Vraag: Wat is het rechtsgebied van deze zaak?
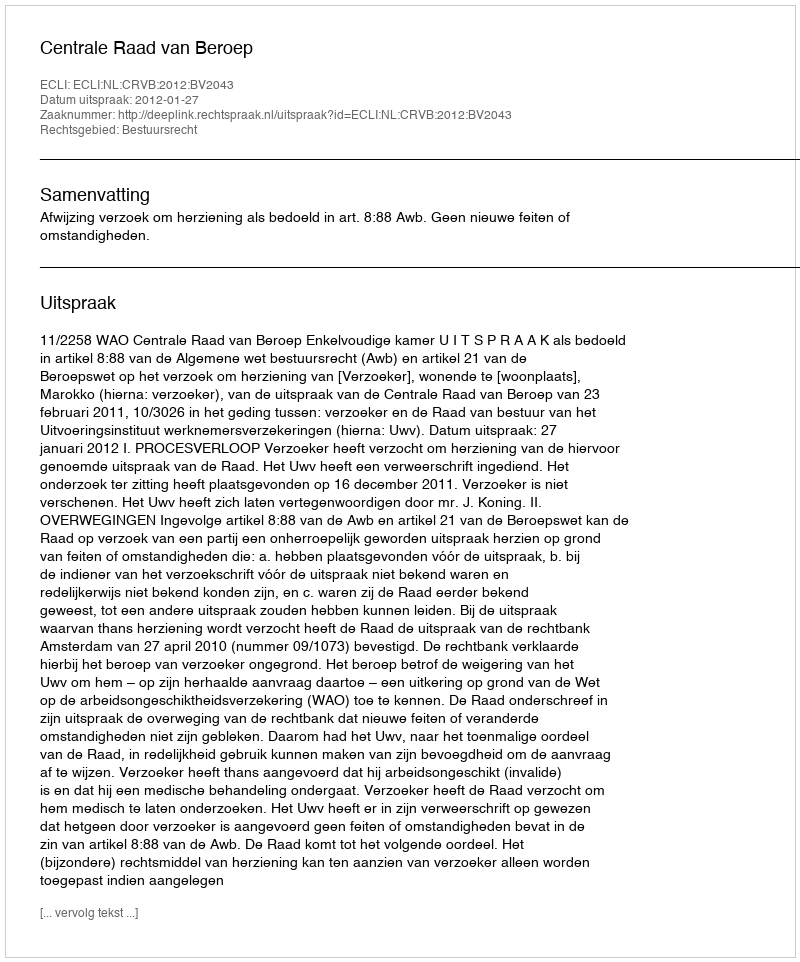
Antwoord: Bestuursrecht